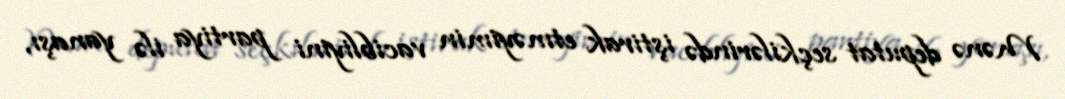
Mənə deputat seçkilərində iştirak etməyimin vacibliyini partiya ilə yanaşı,